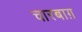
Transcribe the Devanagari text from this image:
चारबाग़